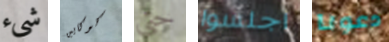
شيء كوكايين حتى اجلسوا دعونا